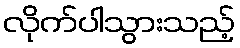
လိုက်ပါသွားသည့်